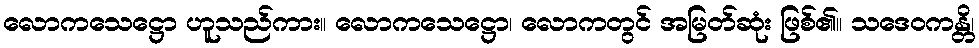
လောကသေဋ္ဌော ဟူသည်ကား။ လောကသေဋ္ဌော၊ လောကတွင် အမြတ်ဆုံး ဖြစ်၏။ သဒေဝကန္တိ၊